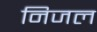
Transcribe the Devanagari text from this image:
निजल